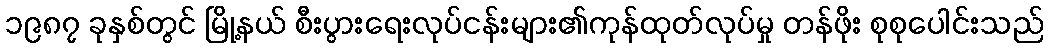
၁၉၈၇ ခုနှစ်တွင် မြို့နယ် စီးပွားရေးလုပ်ငန်းများ၏ကုန်ထုတ်လုပ်မှု တန်ဖိုး စုစုပေါင်းသည်